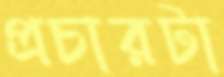
প্রচারটা